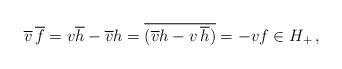
LaTeX: \begin{align*}\overline{v} \, \overline f = v \overline h - \overline{v} h = \overline {(\overline{v} h - v \, \overline h ) } = - v f \in H_+ \, ,\end{align*}